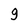
Character: 9